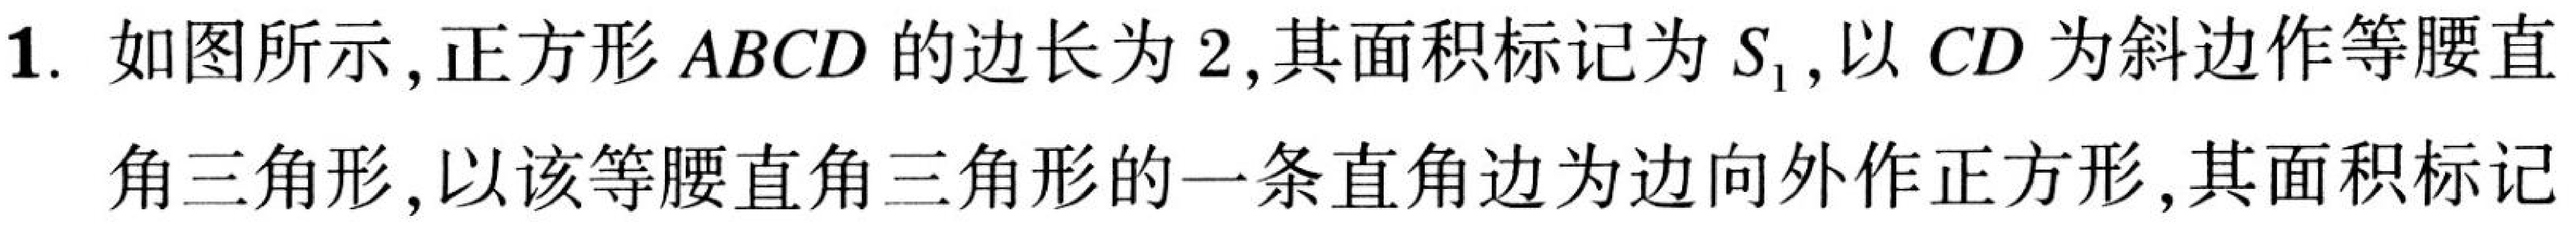
1. 如图所示, 正方形 \(ABCD\) 的边长为 \(2\), 其面积标记为 \(S_{1}\), 以 \(CD\) 为斜边作等腰直
角三角形, 以该等腰直角三角形的一条直角边为边向外作正方形, 其面积标记